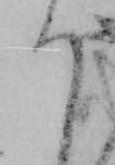
う